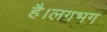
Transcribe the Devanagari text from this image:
है।लगभग